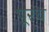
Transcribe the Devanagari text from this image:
पूरच